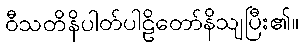
ဝီသတိနိပါတ်ပါဠိတော်နိသျပြီး၏။